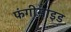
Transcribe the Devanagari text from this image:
फंगीसाइड